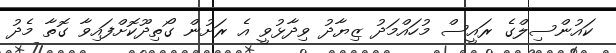
ކައުންސިލްގެ ރައީސް މުހައްމަދު ޒިޔާދު ވިދާޅުވީ އެ ރަށުން ގޯތިދޫކޮށްފައިވާ ގޮތާ މެދު